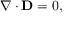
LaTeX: \nabla \cdot \mathbf { D } = 0 ,